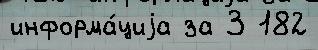
информа́циjа за 3 182